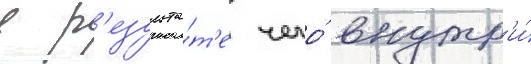
в р'езульта́т'е чего́ внутр'и́